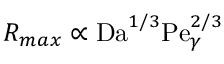
R _ { m a x } \propto \mathrm { D a } ^ { 1 / 3 } \mathrm { P e } _ { \gamma } ^ { 2 / 3 }